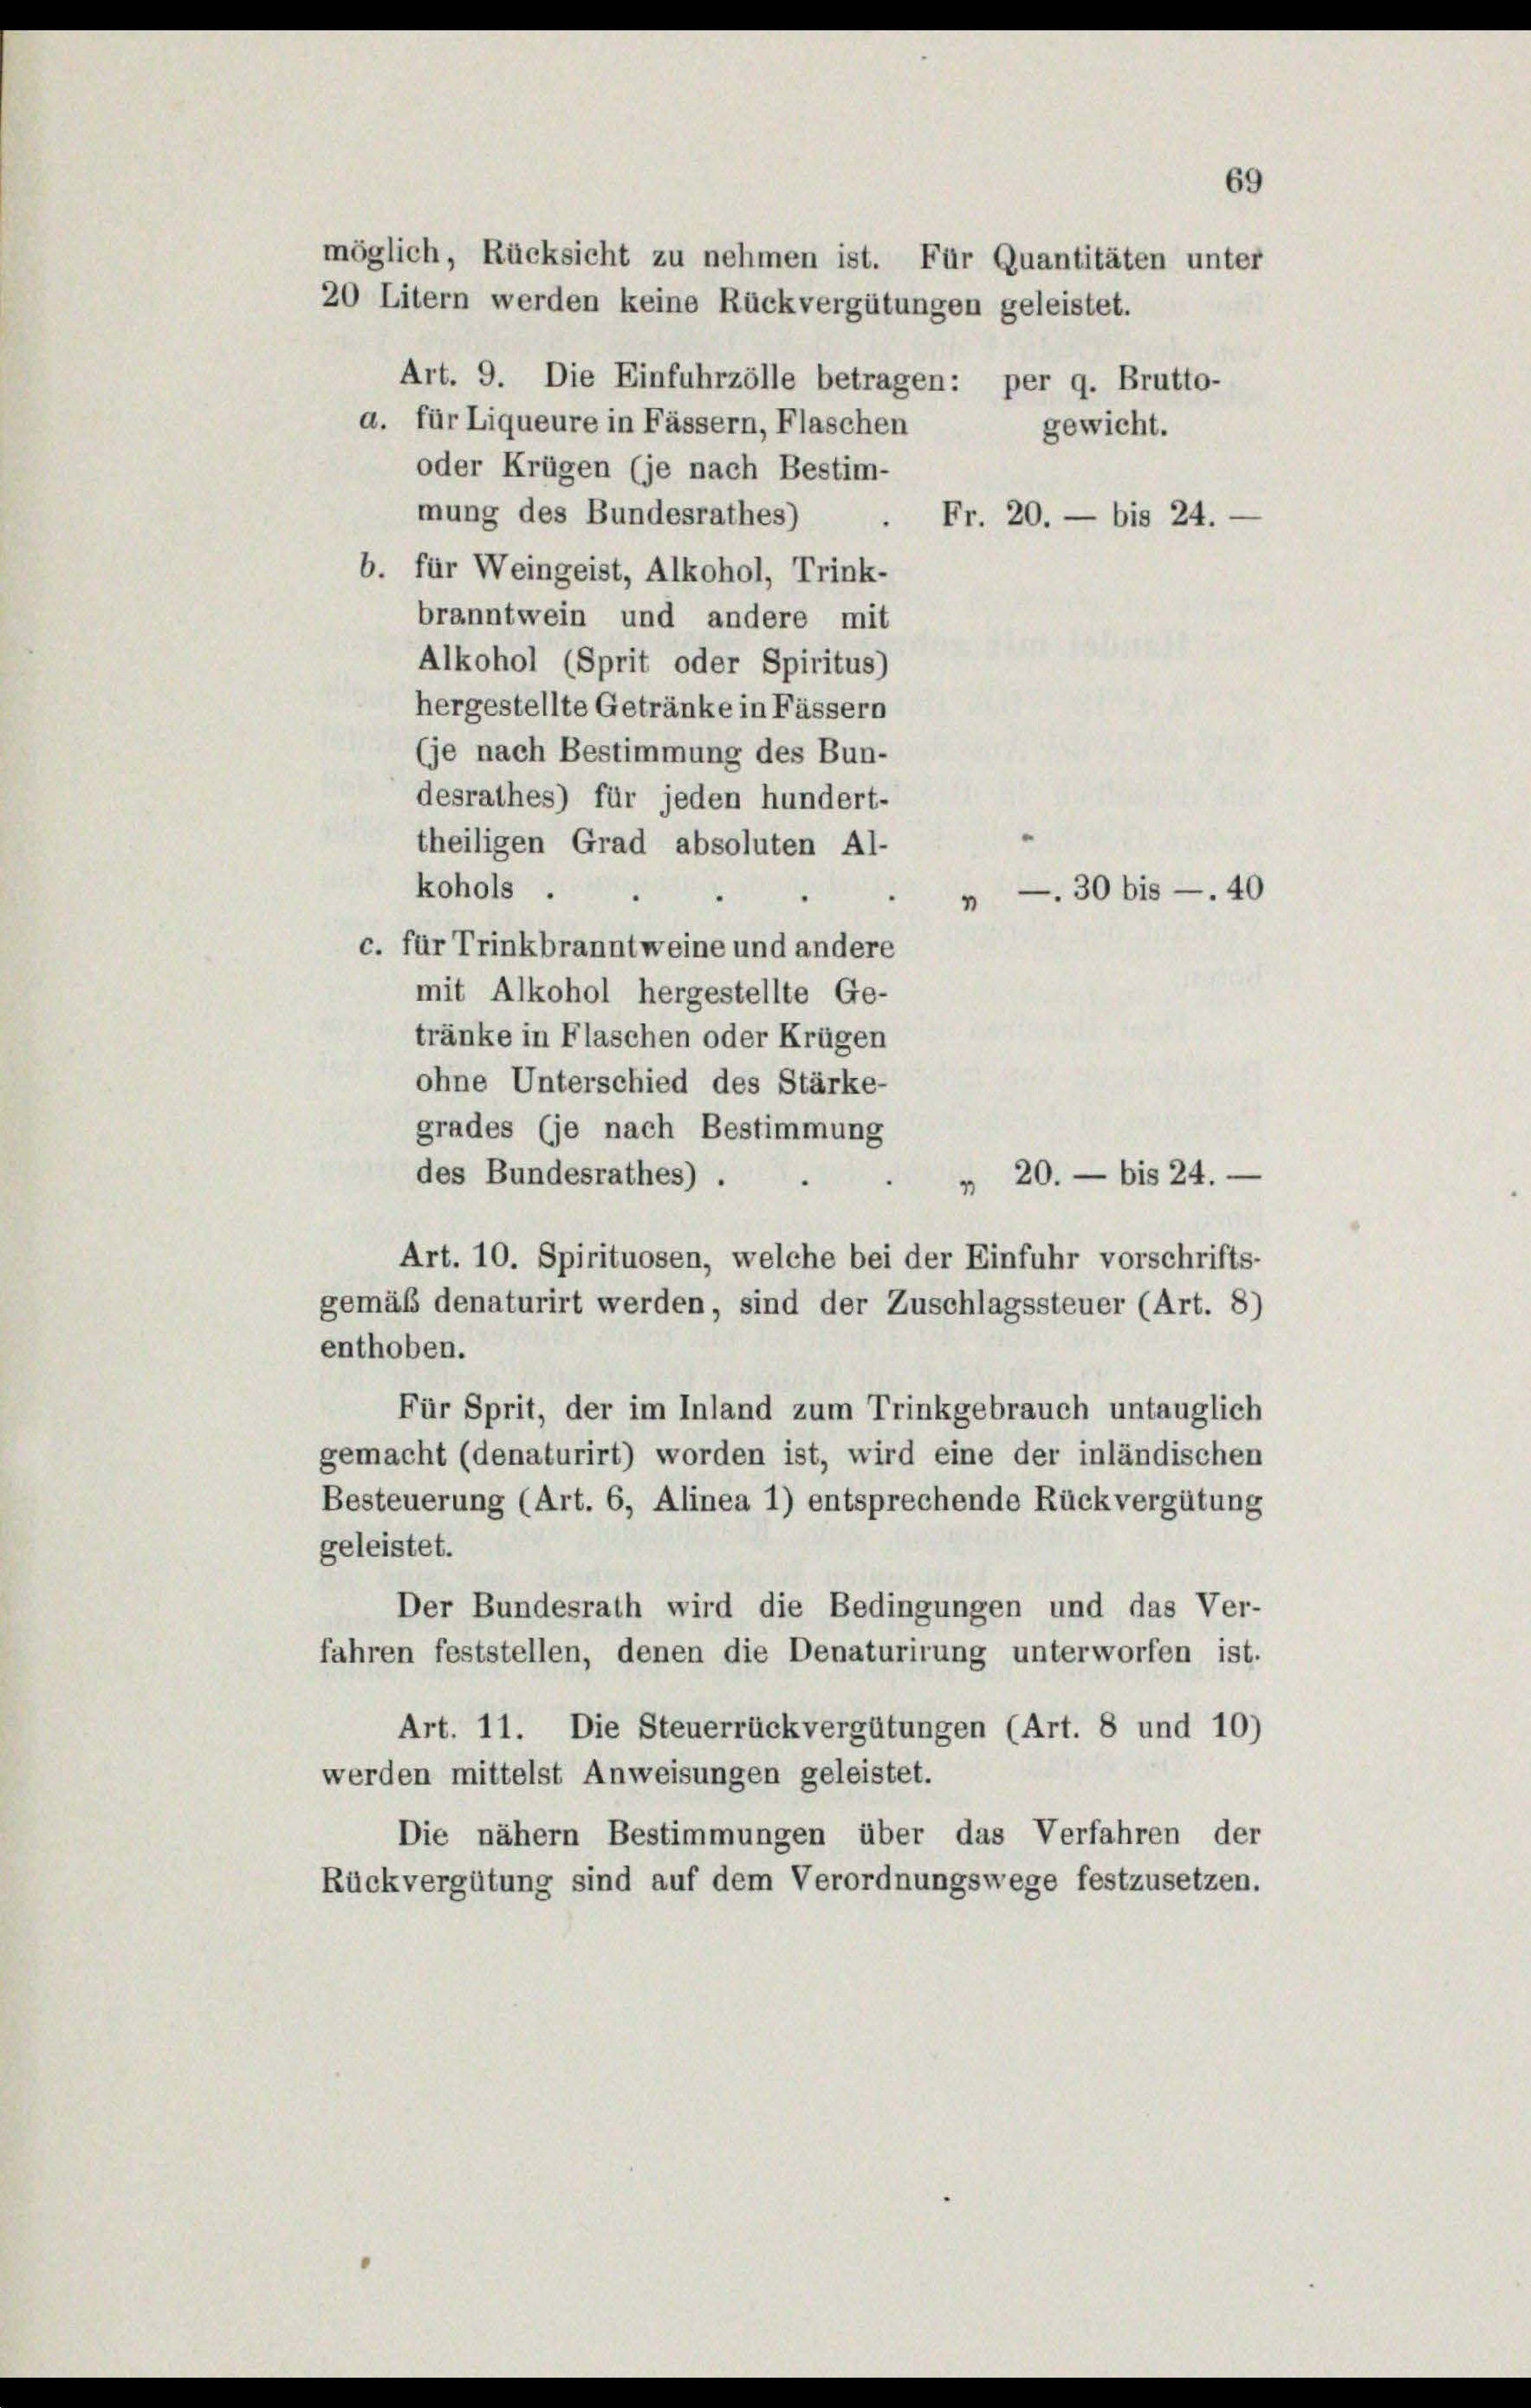
möglich, Rücksicht zu nehmen ist. Für Quantitäten unter
20 Litern werden keine Rückvergütungen geleistet.

Art. 9. Die Einfuhrzölle betragen:
per 9. Brutto-
a. für Liqueure in Fässern, Flaschen
gewicht.
oder Krügen (je nach Bestim-
mung des Bundesrathes)
Fr. 20. — bis 24.
.
b. für Weingeist, Alkohol, Trink-
branntwein und andere mit
Alkohol (Sprit oder Spiritus)
hergestellte Getränke in Fässern
(je nach Bestimmung des Bun-
desrathes) für jeden hundert-
theiligen Grad absoluten Al-
kohols .
n
c. für Trinkbranntweine und andere
mit Alkohol hergestellte Ge-
tränke in Flaschen oder Krügen
ohne Unterschied des Stärke-
grades (je nach Bestimmung
des Bundesrathes) .
20. — bis 24.
1
Art. 10. Spirituosen, welche bei der Einfuhr vorschrifts-
gemäß denaturirt werden, sind der Zuschlagssteuer (Art. 8)
enthoben.
Für Sprit, der im Inland zum Trinkgebrauch untauglich
gemacht (denaturirt) worden ist, wird eine der inländischen
Besteuerung (Art. 6, Alinea 1) entsprechende Rückvergütung
geleistet.
Der Bundesrath wird die Bedingungen und das Ver-
fahren feststellen, denen die Denaturirung unterworfen ist.
Art. 11. Die Steuerrückvergütungen (Art. 8 und 10)
werden mittelst Anweisungen geleistet.
Die nähern Bestimmungen über das Verfahren der
Rückvergütung sind auf dem Verordnungswege festzusetzen.

— 30 bis — 40

69